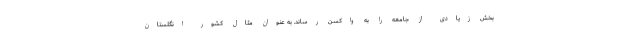
بخش زیادی از جامعه را به واکسن رساند. به عنوان مثال کشور انگلستان